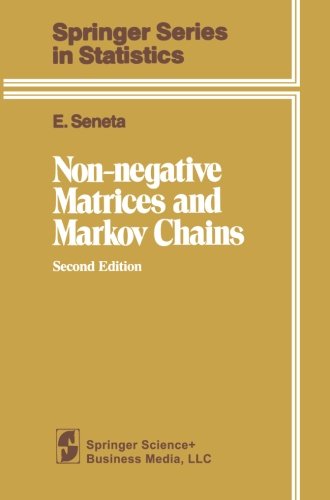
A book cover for Non-negative Matrices and Markov Chains (Springer Series in Statistics); E. Seneta; Science & Math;